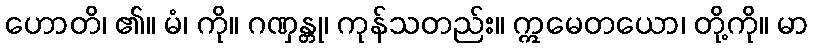
ဟောတိ၊ ၏။ မံ၊ ကို။ ဂဏှန္တု၊ ကုန်သတည်း။ ဣမေတယော၊ တို့ကို။ မာ